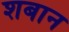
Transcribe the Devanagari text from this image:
शबान